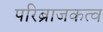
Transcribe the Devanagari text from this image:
परिब्राजकत्व